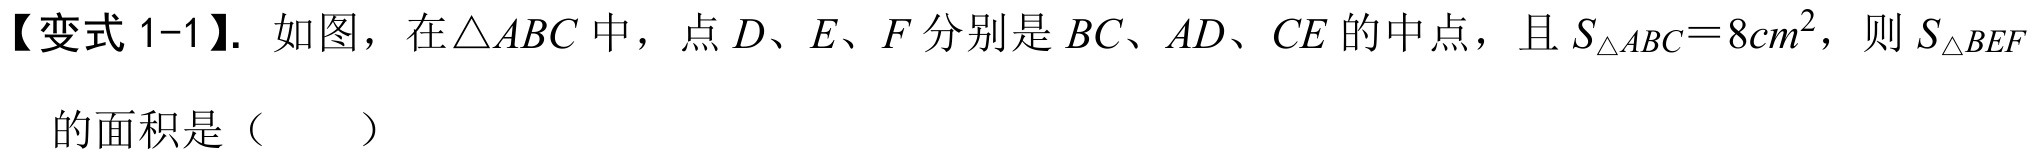
【变式1-1】. 如图，在\(\triangle ABC\)中，点\(D、E、F\)分别是\(BC、AD、CE\)的中点，且\(S_{\triangle ABC}=8cm^{2}\)，则\(S_{\triangle BEF}\)的面积是（  ）